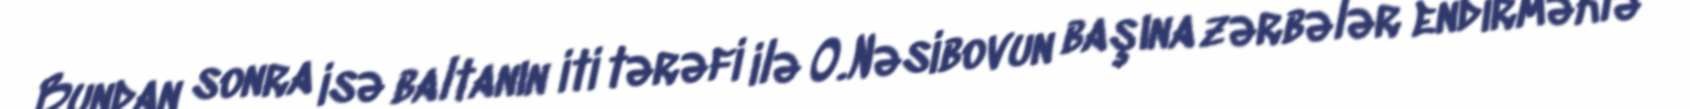
Bundan sonra isə baltanın iti tərəfi ilə O.Nəsibovun başına zərbələr endirməklə